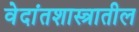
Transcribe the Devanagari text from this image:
वेदांतशास्त्रातील